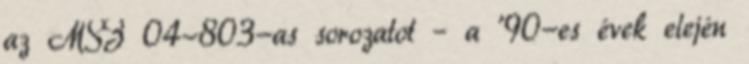
az MSZ 04-803-as sorozatot – a '90-es évek elején